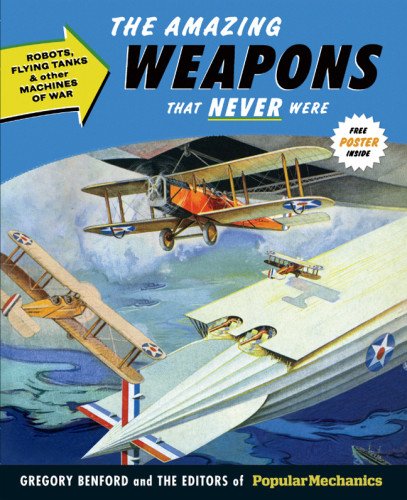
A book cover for Popular Mechanics The Amazing Weapons That Never Were: Robots, Flying Tanks & Other Machines of War; Gregory Benford; History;